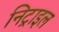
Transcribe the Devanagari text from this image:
निट्राइल